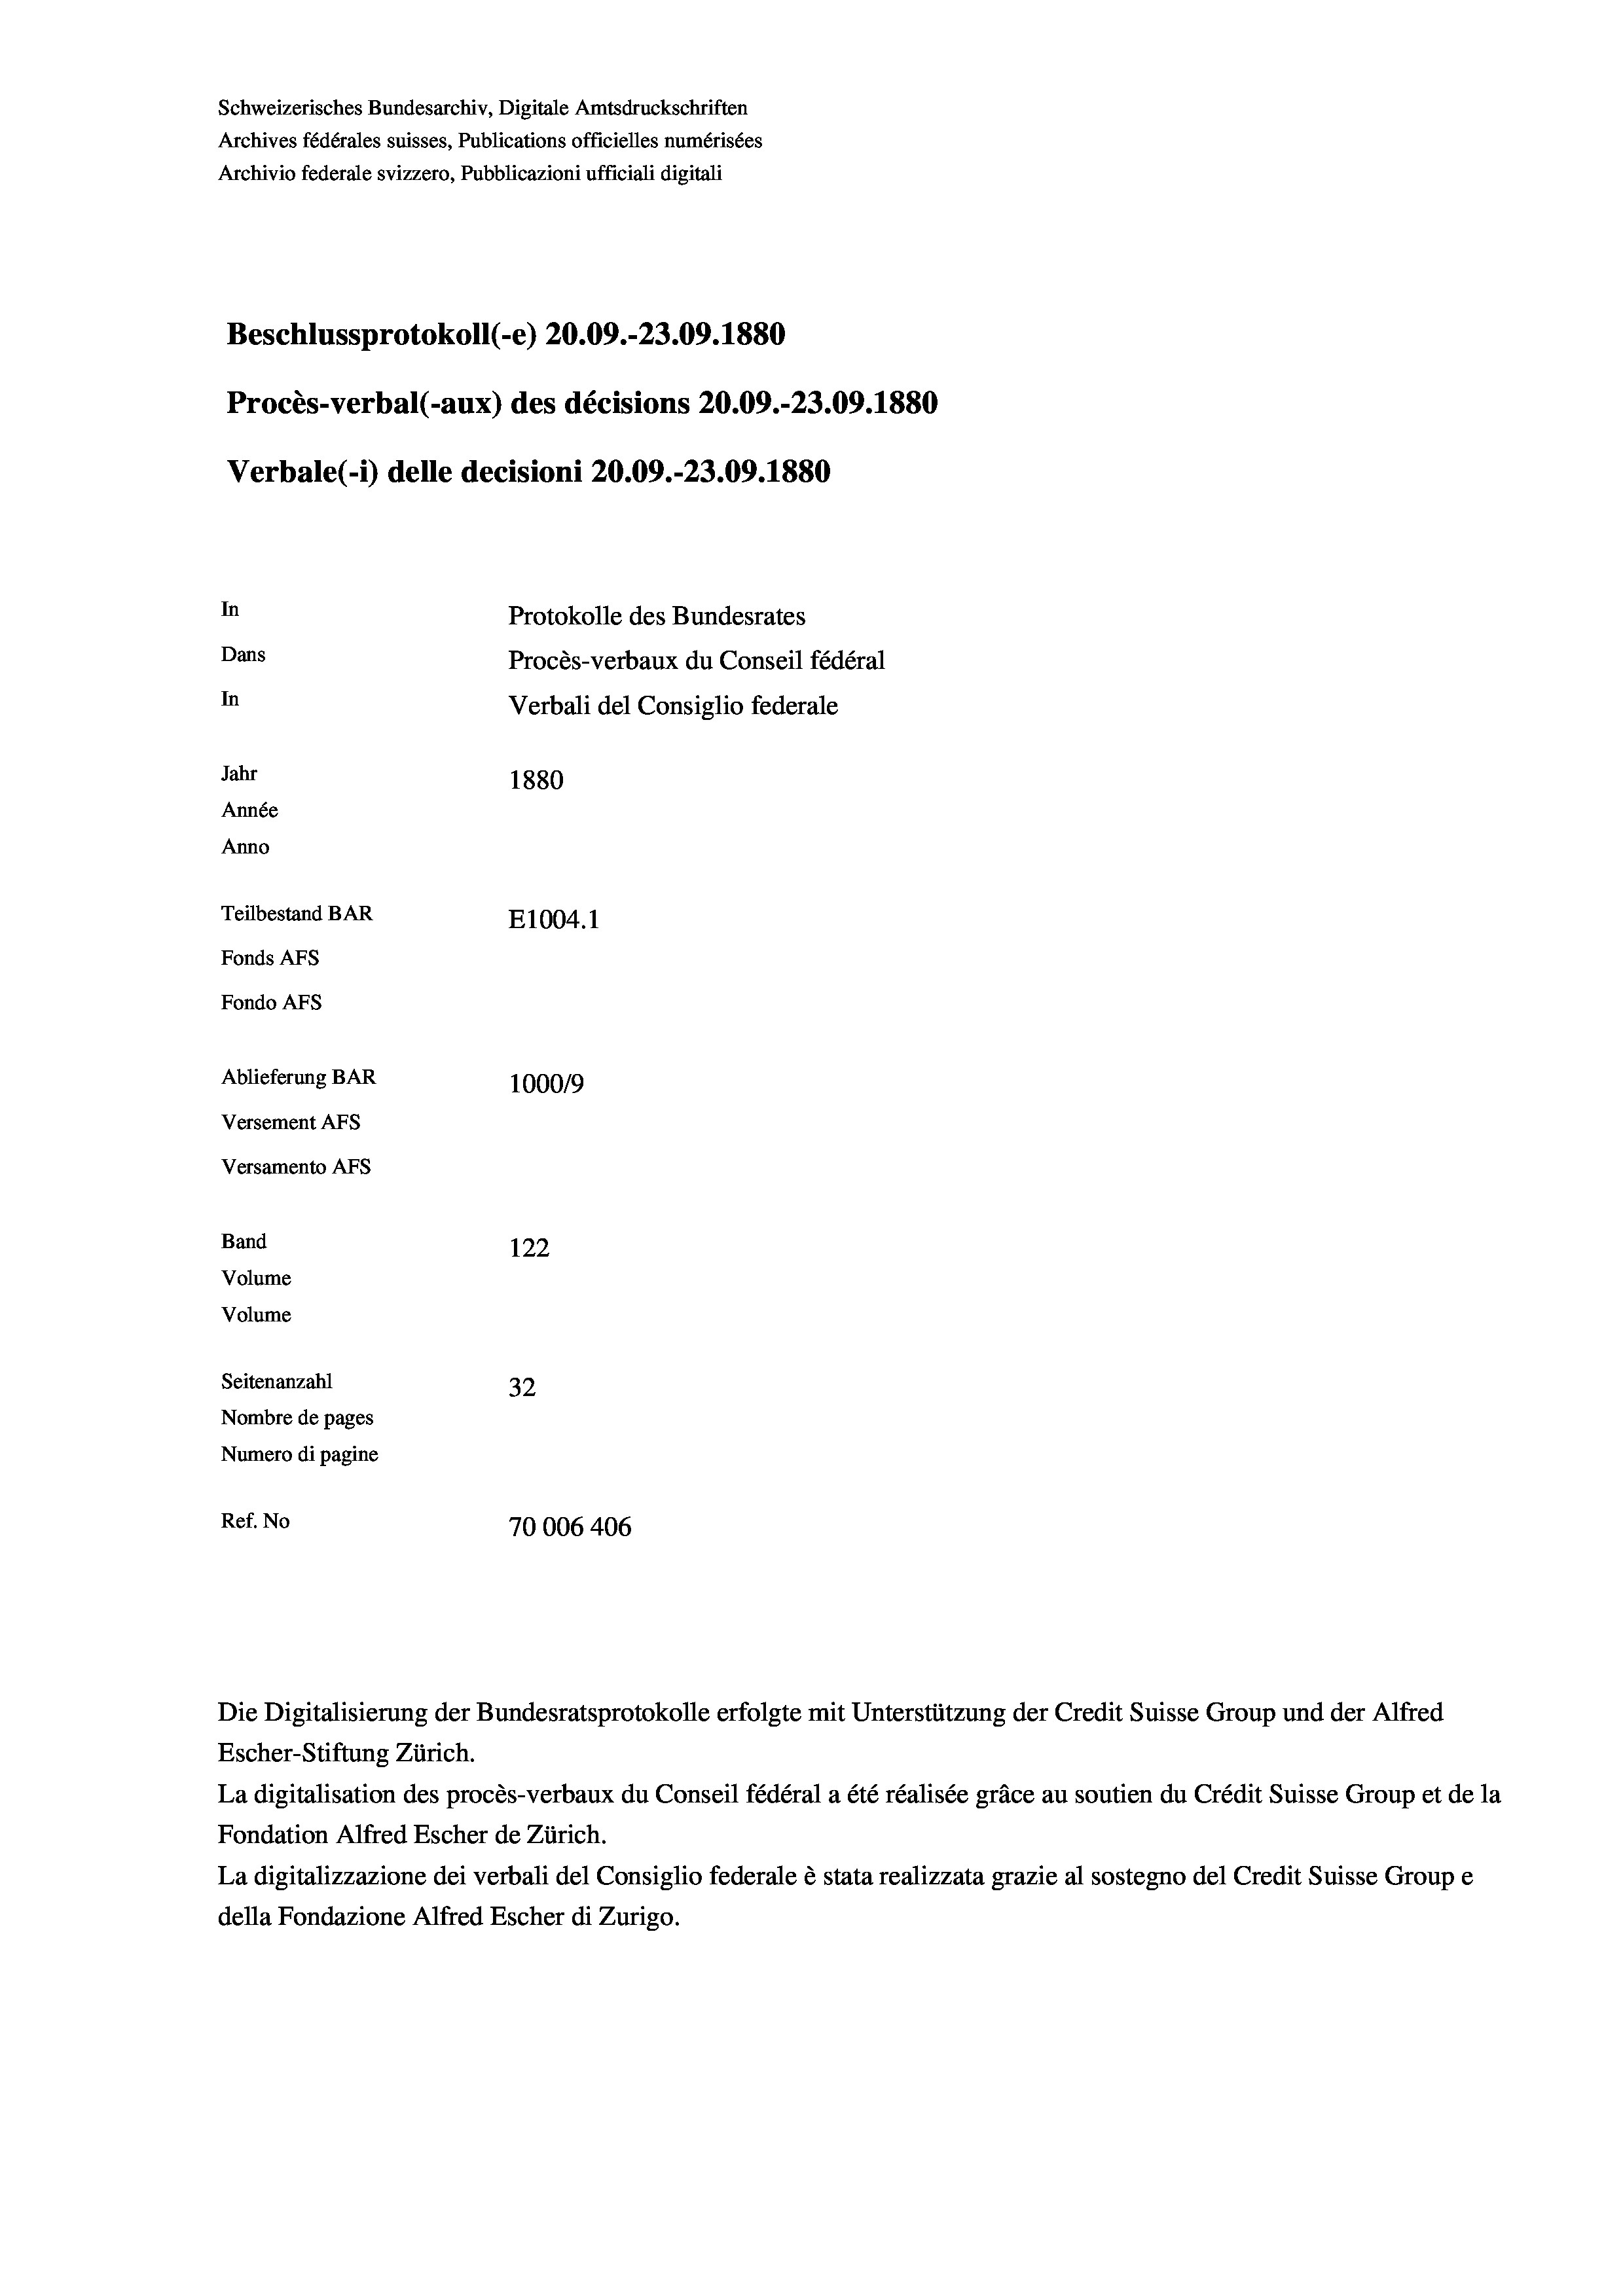
Schweizerisches Bundesarchiv, Digitale Amtsdruckschriften
Archives fédérales suisses, Publications officielles numérisées
Archivio federale svizzero, Pubblicazioni ufficiali digitali
Beschlussprotokoll (-e) 20.09.-23.09. 1880
Procès-verbal (-aux) des décisions 20.09.-23.09. 1880
Verbale (- 1) delle decisioni 20.09.-23.09. 1880
In
Protokolle des Bundesrates
Dans
Procès-verbaux du Conseil fédéral
In
Verbali del Consiglio federale
Jahr
1880
Année
Anno
Teilbestand BAR
E1004.1
Fonds AFs
Fondo AFS
Ablieferung BAR
100019
Versement AFs
Versamento AFs
Band
122
Volume
Volume
Seitenanzahl
32
Nombre de pages
Numero di pagine
Ref. No
70006 406

Escher-Stiftung Zürich.
La digitalisation des procès-verbaux du Conseil fédéral a été réalisée gräce au soutien du Crédit Suisse Group et de la
Fondation Alfred Escher de Zürich.
La digitalizzazione dei verbali del Consiglio federale è stata realizzata grazie al sostegno del Credit Suisse Groupe
della Fondazione Alfred Escher di Zurigo.

Die Digitalisierung der Bundesratsprotokolle erfolgte mit Unterstützung der Credit Suisse Group und der Alfred